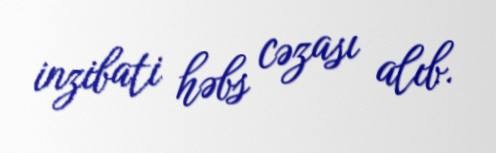
inzibati həbs cəzası alıb.